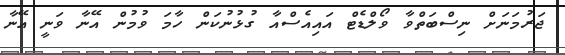
ޖަރުމަނަށް ނިސްބަތްވާ ވޯލްޑެޓް އައިއެސްއާ ގުޅުނުކަން ހާމަ ވުމުން އޭނާ ވަނީ އޭނާ